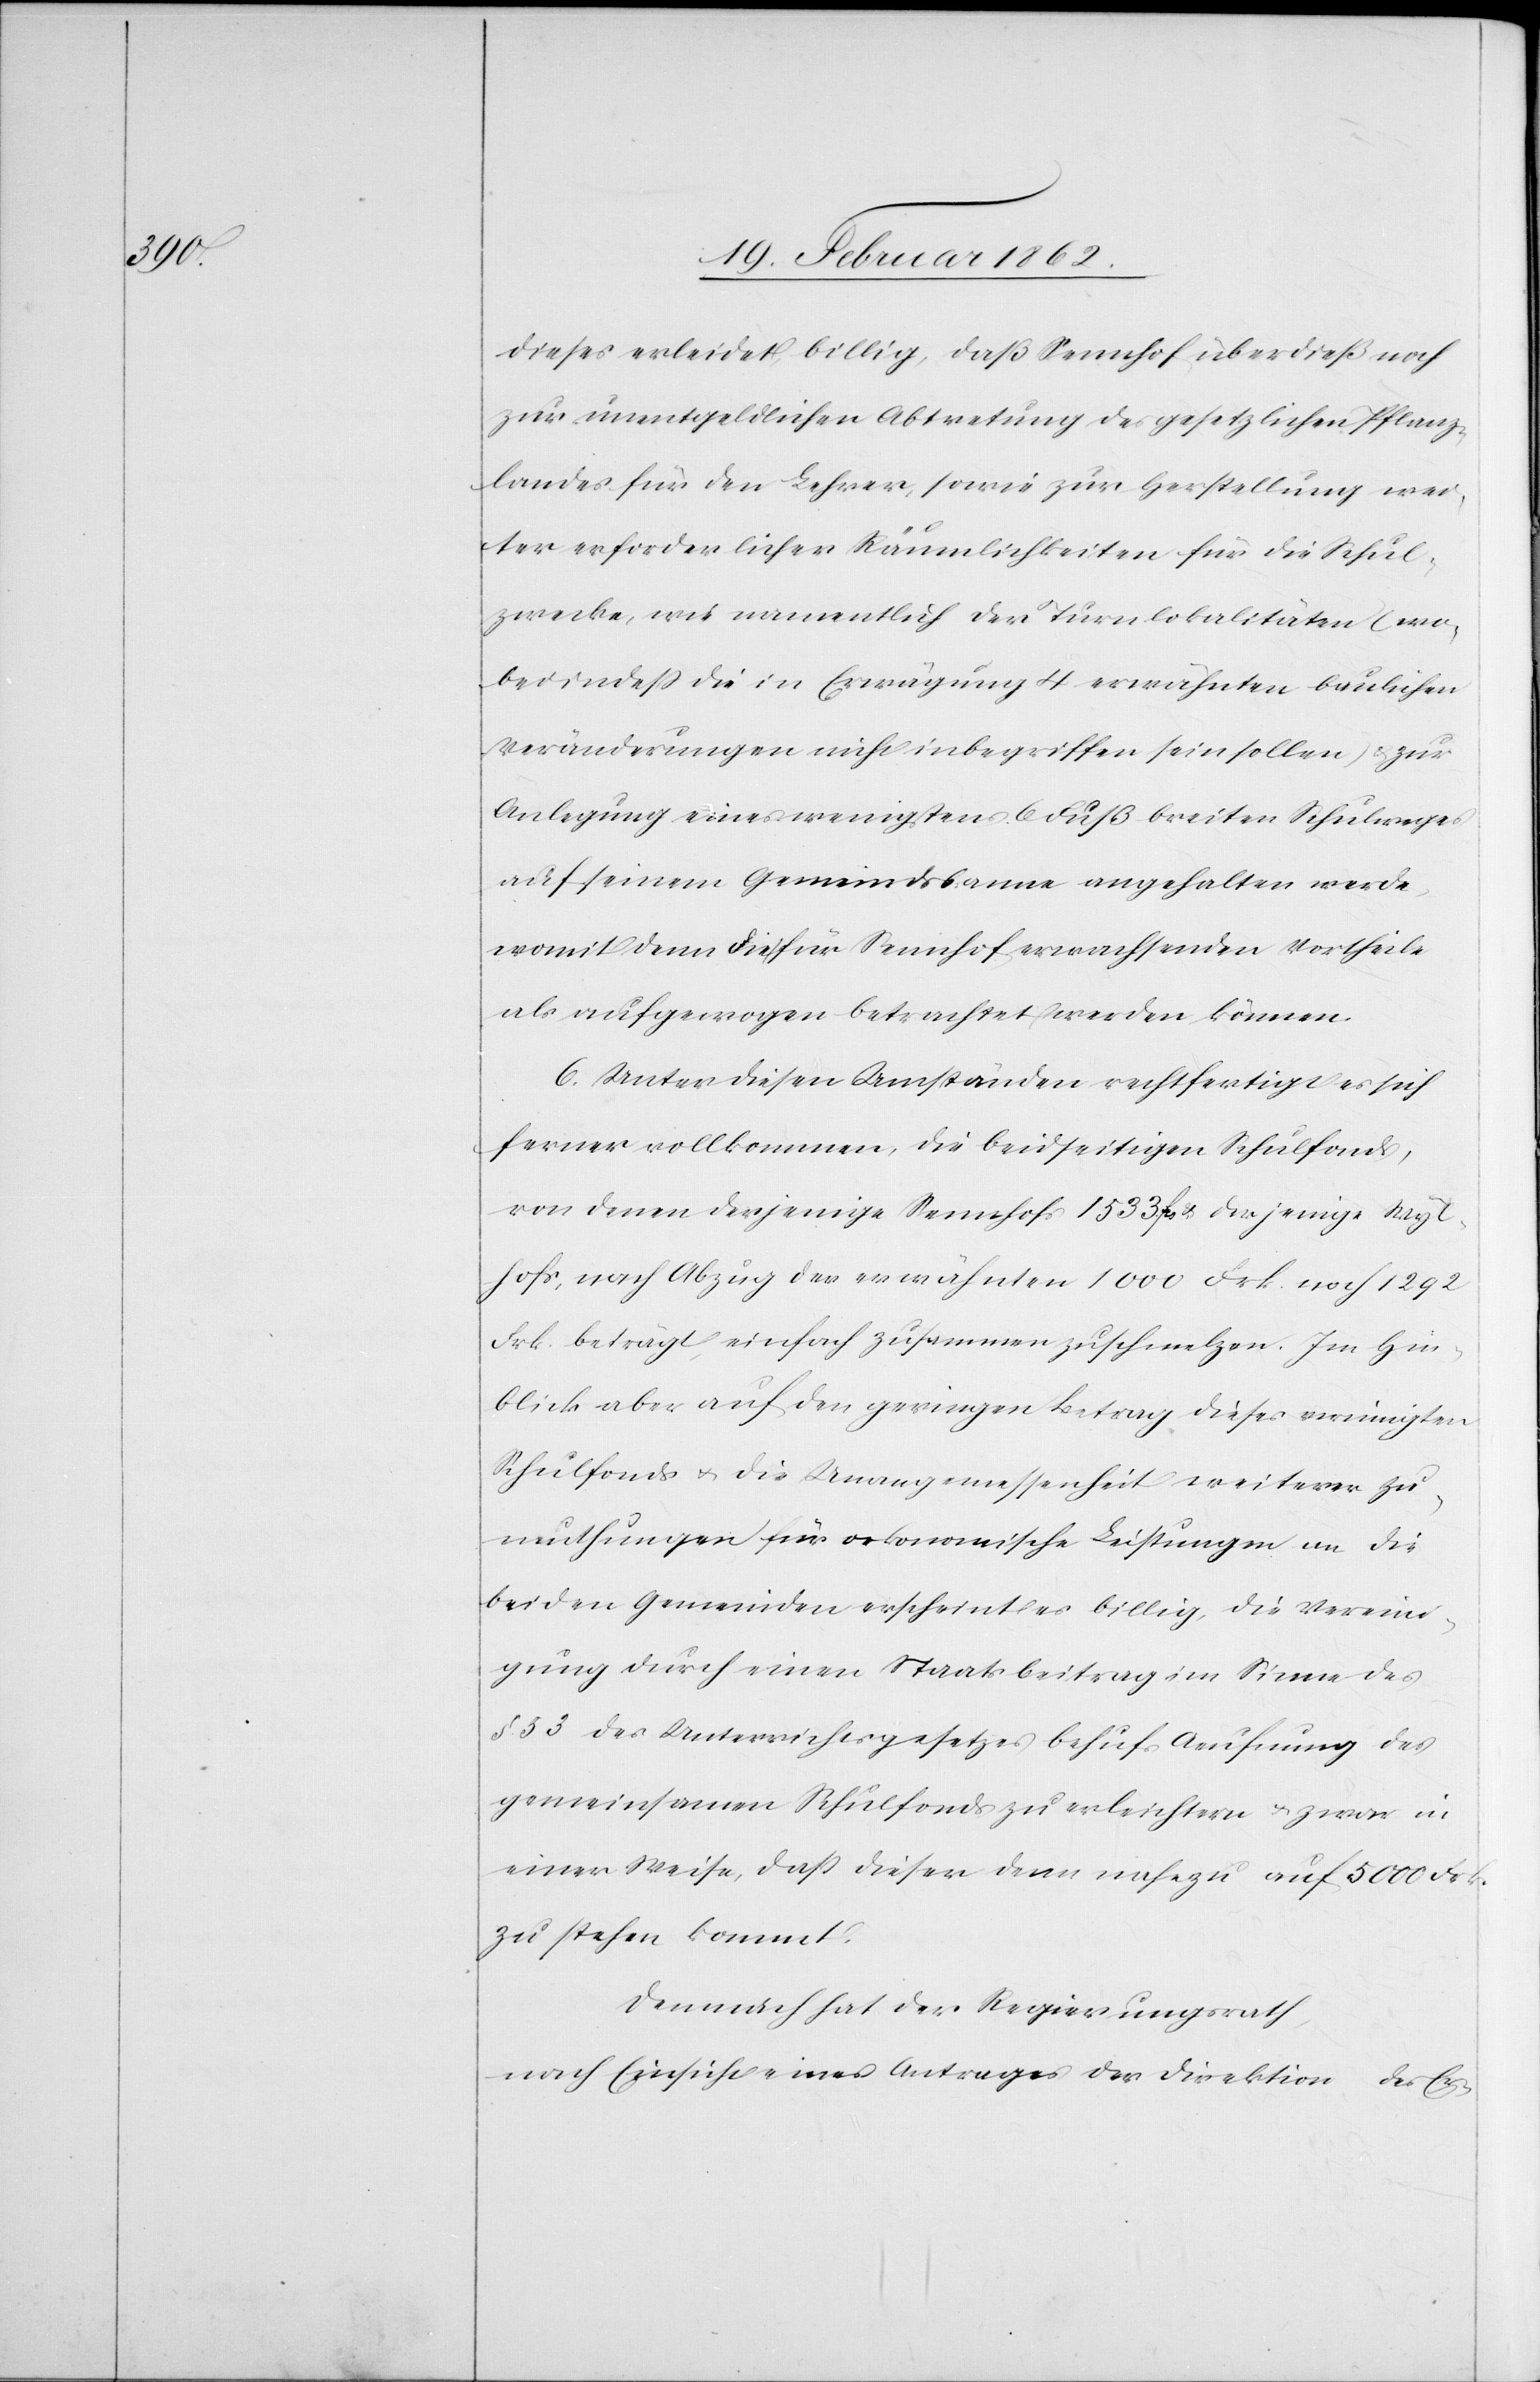
dieses erleidet, billig, daß Sennhof überdieß noch
zur unentgeldlichen Abtretung des gesetzlichen Pflanz¬
landes für den Lehrer, sowie zur Herstellung wei¬
ter erforderlicher Räumlichkeiten für die Schul¬
zwecke, wie namentlich der Turnlokalitäten (wo¬
bei indeß die in Erwägung 4 erwähnten baulichen
Veränderungen nicht inbegriffen sein sollen) & zur
Anlegung eines wenigstens 6 Fuß breiten Schulweges
auf seinem Gemeindsbanne angehalten werde,
womit denn die für Sennhof erwachsenden Vortheile
als aufgewogen betrachtet werden können.
6) Unter diesen Umständen rechtfertigt es sich
ferner vollkommen, die beidseitigen Schulfonds,
von denen derjenige Sennhofs 1533 fs & derjenige Wyl¬
hofs, nach Abzug der erwähnten 1000 Frk. noch 1292
Frk. beträgt, einfach zusammenzuschmelzen. Im Hin¬
blick aber auf den geringen Betrag dieses vereinigten
Schulfonds u. die Unangemessenheit weiterer Zu¬
muthungen für oekonomische Leistungen an die
beiden Gemeinden erscheint es billig, die Vereini¬
gung durch einen Staatsbeitrag im Sinne des
§. 53 des Unterrichtsgesetzes behufs Aeufnung des
gemeinsamen Schulfonds zu erleichtern u. zwar in
einer Weise, daß dieser denn nahezu auf 5000 Frk.
zu stehen kommt.
Demnach hat der Regierungsrath,
nach Einsicht eines Antrages der Direktion des Er-